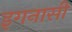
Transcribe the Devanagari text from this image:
इगनासी